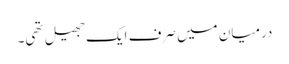
درمیان میں صرف ایک جھیل تھی۔